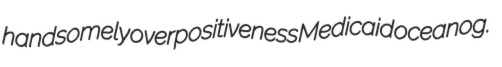
handsomely overpositiveness Medicaid oceanog.